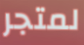
لمتجر